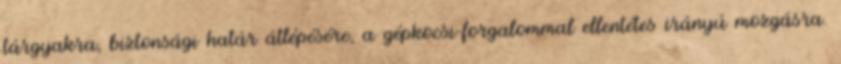
tárgyakra, biztonsági határ átlépésére, a gépkocsi-forgalommal ellentétes irányú mozgásra.